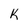
Character: K